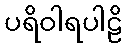
ပရိဝါရပါဠိ